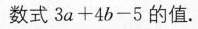
数式$$3 a + 4 b - 5$$的值。